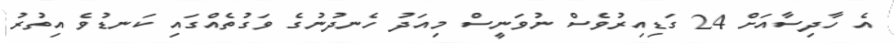
އެ ހާދިސާއަށް 24 ގަޑިއިރުވެސް ނުވަނީސް މިއަދު ހެނދުނުގެ ވަގުތެއްގައި ކަނޑުވެ އިތުރު